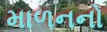
માળનનો